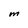
Character: M